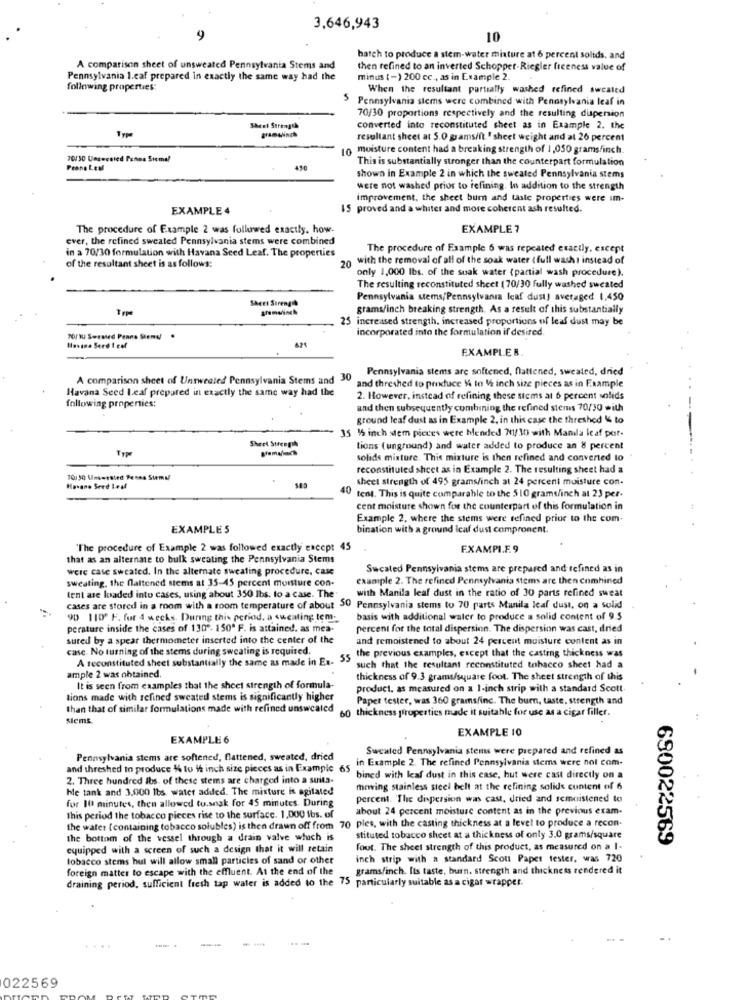
3,646,943
9
10
batch to produce a stem-water misture at 6 percent solids, and
A comparison sheet of unsweated Pennsylvania Stems and
then refined to an inverted Schopper-Riegler freeness value of
Pennsylvania 1.caf prepared in exactly the same way had the
minus (-) 200 cc ., as in Example 2.
following properties:
When the resultant partially washed refined sweated
Pennsylvania stems were combined with Pennsylvania leaf in
70/30 proportions respectively and the resulting dispersion
Sheel Strength
FramLunch
converted into reconstituted sheet as in Example 2. the
resultant sheet at 5.0 gramsint. " sheet weight and at 26 percent
10
moisture content had a breaking strength of 1,050 grams/inch.
70430 Unsweeted Penna Sieme!
This is substantially stronger than the counterpart formulation
Peons Les
450
shown in Example 2 in which the sweated Pennsylvania stems
were not washed prior to refining. In addition to the strength
improvement, the sheet bur and taste properties were im-
EXAMPLE 4
IS proved and a whiter and more coherent ash resulted.
The procedure of Example 2 was followed exactly. how-
EXAMPLE ?
ever, the refined sweated Pennsylvania stems were combined
The procedure of Example 6 was repeated exactly, except
in a 70/30 formulation with Havana Seed Leaf. The properties
of the resultant sheet is as follows:
20
with the removal of all of the soak water ( full washi instead of
only 1,000 Ibs. of the suak water (partial wash procedure).
The resulting reconstituted sheet (70/30 fully washed sweated
Sheet Strength
Pennsylvania stems/Pennsylvania leaf dust) averaged 1,450
grams/inch breaking strength. As a result of this substantially
increased strength, increased proportions of leaf dust may be
incorporated into the formulation if desired.
70/10 Sersied Penna Steny
Havana Serd I col
EXAMPLE R
Pennsylvania stems are softened, flattened, sweated, dried
A comparison sheet of Untweeted Pennsylvania Stems and 30
and threshed to produce 14 to 1 inch size pieces as in Example
Havana Seed L.caf prepared in exactly the same way had the
2. However, instead of refining these stems at 6 percent solids
following properties:
and then subsequently combining the refined stems 70/30 with
ground leaf dust as in Example 2. in this case the threshed 14 to
35 12 inch stem pieces were Mended 701/30 with Manda leaf por-
Sheet Strength
tions (unground) and water added to produce an 8 percent
solids mixture. This mixture is then refined and converted to
reconstituted sheet as in Example 2. The resulting sheet had a
701 30 Unswested Penna Stemal
sheet strength of 495 grams/inch at 24 percent moisture con-
Havane Seed Leal
40 tent. This is quite comparable to the 510 grams/inch at 23 per-
cent moisture shown for the counterpart of this formulation in
Example 2. where the stems were refined prior to the com-
EXAMPLES
bination with a ground leaf dust compronent.
"The procedure of Example 2 was followed exactly except 45
F.XAMPI.F.9
that as an alternate to bulk sweating the Pennsylvania Stems
were case sweated. In the alternate sweating procedure, Case
Sucated Pennsylvania stems are prepared and refined as in
sweating, the flattened stems at 35-45 percent monture con-
example 2. The refined Pennsylvania stems are then combined
with Manila leaf dust in the ratio of 30 parts refined sweat
tent are loaded into cases, using about 350 lbs. to a case. The"
cases are stored in a room with a room temperature of about 50 Pennsylvania stems to 70 parts Manila leaf dust, on a solid
90 110º F. fur 4 weeks. During this period. a sweating tem-
basis with additional water to produce a solid content of 9.5
perature inside the cases of 130"- 150ª F. is attained. as mea-
percent for the total dispersion. The dispersion was cast, dried
sured by a spear thermometer inserted into the center of the
and remoistened to about 24 percent moisture content as in
case. No turning of the stems during sweating is required.
the previous examples, except that the casting thickness was
A reconstituted sheet substantially the same as made in Ex. 35
such that the resultant reconstituted tobacco sheet had a
ample 2 was obtained.
thickness of 9.3 grams/square foot. The sheet strength of this
It is seen from caamples that the sheet strength of formula-
product. as measured on a 1-inch strip with a standard Scott.
tions made with refined sweated stems is significantly higher
Paper tester, was 360 grams/inc. The burn, taste, strength and
than that of similar formulations made with refined unswcated
60 thickness properties made it suitable for use as a cigar filler.
stems
EXAMPLE 10
EXAMPLE 6
Sweated Pennsylvania stems were prepared and refined as
Pennsylvania stems are softened, flattened, sweated, dried
in Example 2. The refined Pennsylvania stems were nol com-
and threshed to produce 14 to 1 inch size pieces as in Example 65
2. Three hundred lbs. of these stems are charged into a suita-
bined with leaf dust in this case, but were cast directly on a
hle tank and 3.000 lbs water added. The misture is agitated
mewving stainless steel helt at the refining solids cuntent of 6
for 10 minutes, then allowed to.snak for 45 minutes. During
percent. The dispersion was cast, dried and semoistened to
about 24 percent moisture content as in the previous exam.
this period the tobacco pieces rise to the surface. 1,000 1bs. of
ples, with the casting thickness at a level to produce a recon-
the water (containing tobacco solubles) is then drawn off from
the bottom of the vessel through a drain valve which is
stituted tobacco sheet at a thickness of only 3.0 grams/square
690022569
equipped with a screen of such a design that it will retain
foot. The sheet strength of this product, as measured on a I-
tobacco stems but will allow small particles of sand or other
inch strip with a standard Scott Paper tester, was 720
foreign matter to escape with the effluent. At the end of the
gramsfinch. Its taste, burn. strength and thickness rendered it
draining period, sufficient fresh tap water is added to the 75 particularly suitable as a cigar wrapper.
022569